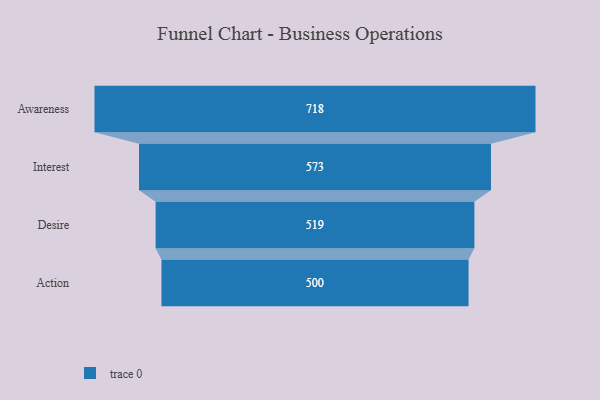
{"axis": {"x": "Stage", "y": "Value"}, "legend": [""], "data": [{"x": "Awareness", "y": 718.0, "type": ""}, {"x": "Interest", "y": 573.0, "type": ""}, {"x": "Desire", "y": 519.0, "type": ""}, {"x": "Action", "y": 500, "type": ""}]}